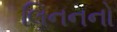
લિનનનો